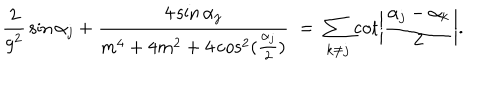
LaTeX: { \frac { 2 } { g ^ { 2 } } } \sin \alpha _ { j } + { \frac { 4 \sin \alpha _ { j } } { m ^ { 4 } + 4 m ^ { 2 } + 4 \cos ^ { 2 } ( { \frac { \alpha _ { j } } { 2 } } ) } } \; = \; \sum _ { k \neq j } \cot \left| { \frac { \alpha _ { j } - \alpha _ { k } } { 2 } } \right| .